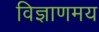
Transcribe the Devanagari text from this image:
विज्ञाणमय